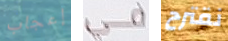
إعجاب كل نقترح